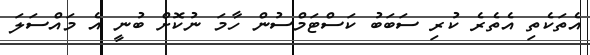
އެތަކެތި އެތެރެ ކުރި ސަބަބު ކަސްޓަމްސުން ހާމަ ނުކޮށް ބުނީ އެ މައްސަލަ